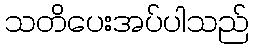
သတိပေးအပ်ပါသည်